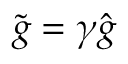
\tilde { g } = \gamma \hat { g }